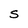
Character: S